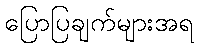
ပြောပြချက်များအရ